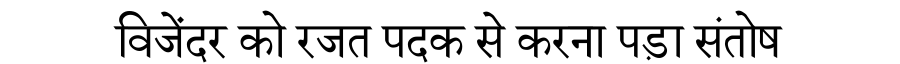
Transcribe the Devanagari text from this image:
विजेंदर को रजत पदक से करना पड़ा संतोष